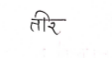
मजकूर: तीर